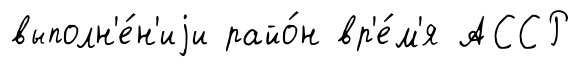
выполн'е́н'иjи райо́н вр'е́м'я АССР